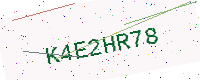
Text: K4E2HR78